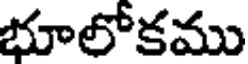
భూలోకము